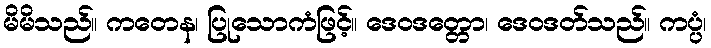
မိမိသည်။ ကတေန၊ ပြုသောကံဖြင့်။ ဒေဝဒတ္တော၊ ဒေဝဒတ်သည်။ ကပ္ပံ၊